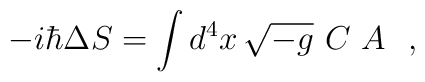
- i\hbar\Delta S = \int d^4x\,\sqrt{-g}\,\, C\,\, A \,\,\,\, ,